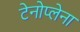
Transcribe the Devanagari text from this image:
टेनोप्लेना